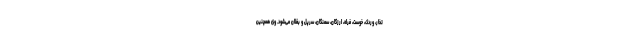
تخار، وردک، خوست، فراه، ارزگان، سمنگان، سرپل و بغلان می‌شود. وی همچنین